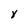
Character: Y